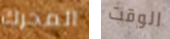
المحرك الوقت